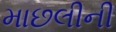
માછલીની